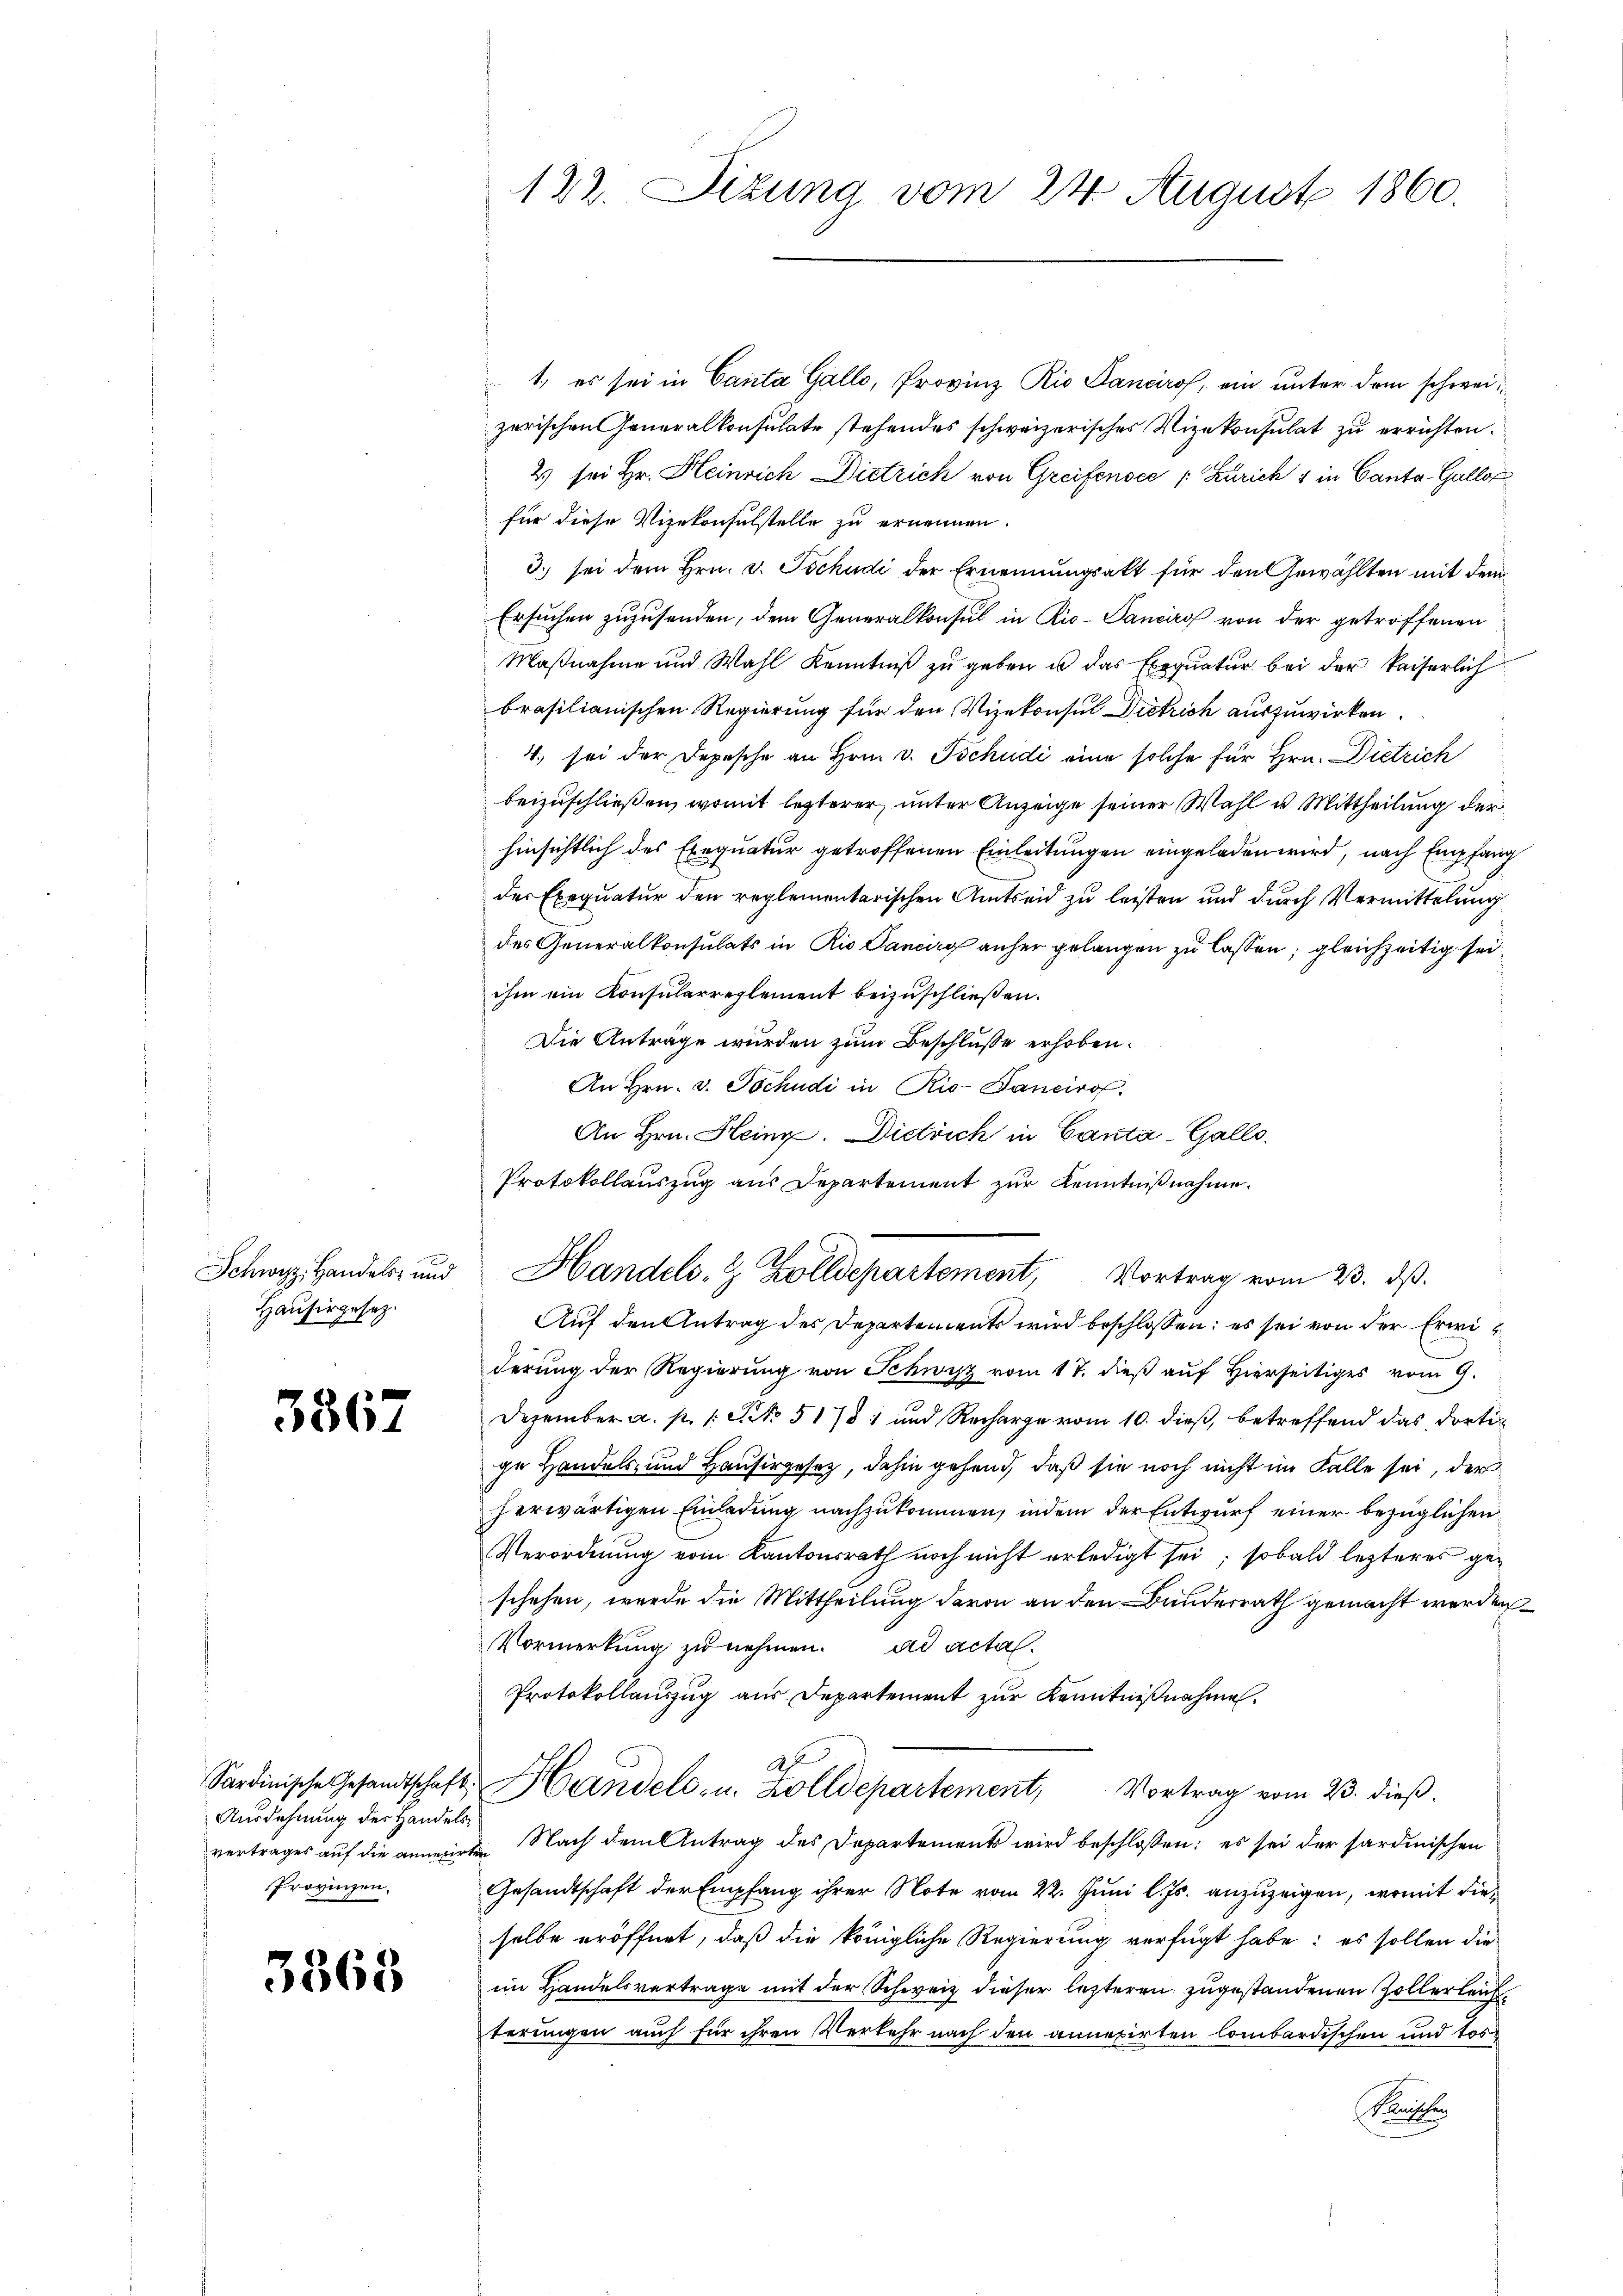
Schwyz, Handels- und
Hausirgesez

3867

Sardinische Gesandtschaft.
Ausdehnung des Handels¬
Provinzen,

3368

122. Situng vom 24. August 1860.

1., es sei in Canta Gallo, Provinz Rio Sancirof, ein unter dem schweizerischen Generalkonsulate stehendes schweizerisches Vizekonsulat zu errichten.
2) sei Hr. Heinrich Dietrich von Greifensee " Zürich & in Canta Galler
für diese Vizekonsulstelle zu ernennen.
3. sei dem Hrn. v. Tschudi der Ernennungsakt für den Gewählten mit dem
Ersuchen zuzusenden, dem Generalkonsul in Rio-Panciro von der getroffenen
Maßnahme und Wahl Kenntniß zu geben u das Exequatur bei der kaiserlich
brasilianischen Regierung für den Vizekonsul Dietrich auszuwirken.
4. sei der Depesche an Hrn. v. Tschudi eine solche für Hrn. Dietrich
beizuschließen, womit lezterer, unter Anzeige seiner Wahl u. Mittheilung der
hinsichtlich des Exequatur getroffenen Einleitungen eingeladen wird, nach Empfang
der Exequatur den reglementarischen Amtseid zu leisten und durch Vermittelung
des Generalkonsulats in Rio Cancirg anher gelangen zu lassen; gleichzeitig sei
ihm ein Konsularreglement beizuschließen.
Die Anträge wurden zum Beschlusse erhoben.
An Hrn. v. Tschudi in Rio- Banciro
An Hrn. Heinz. Dietrich in Canta-Galle.
Protokollauszug aus Departement zur Kenntnißnahme.
Handels- & Zolldepartement, Vortrag vom 23. ds.
Auf den Antrag des Departements wird beschlossen: es sei von der Erwi
derung der Regierung von Schwyz vom 17. dieß auf Hierseitiges vom 9.
Dezember a. p. 1. No. 51781 und Recharge vom 10. dieß, betreffend das dortig
ge Handels- und Hausirgesetz, dahin gehend, daß sie noch nicht im Falle sei, der
herwärtigen Einladung nachzukommen, indem der Entwurf einer bezüglichen
Verordnung vom Kantonsrath noch nicht erledigt sei; sobald lezteres geschehen, werde die Mittheilung davon an den Bundesrath gemacht werden.
Vormerkung zu nehmen. ad acta
Protokollauszug aus Departement zur Kenntnißnahme.
2 f
Handels- u. Zolldepartement, Vortrag vom 23. dieß.
vertrages auf die anmirten Nach dem Antrag des Departements wird beschlossen: es sei der sardinischen
Gesandtschaft der Empfang ihrer Note vom 22. Juni l. Js. anzuzeigen, womit dieselbe eröffnet, daß die königliche Regierung verfügt habe: es sollen die
im Handelsvertrage mit der Schweiz dieser lezteren zugestandenen Zollerleich
terungen auch für ihren Verkehr nach den annesirten lombardischen und tos¬
Krachen